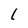
Character: L